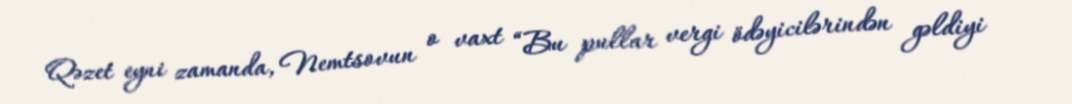
Qəzet eyni zamanda, Nemtsovun o vaxt “Bu pullar vergi ödəyicilərindən gəldiyi